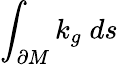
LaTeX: \int_{\partial M}k_{g}\; ds